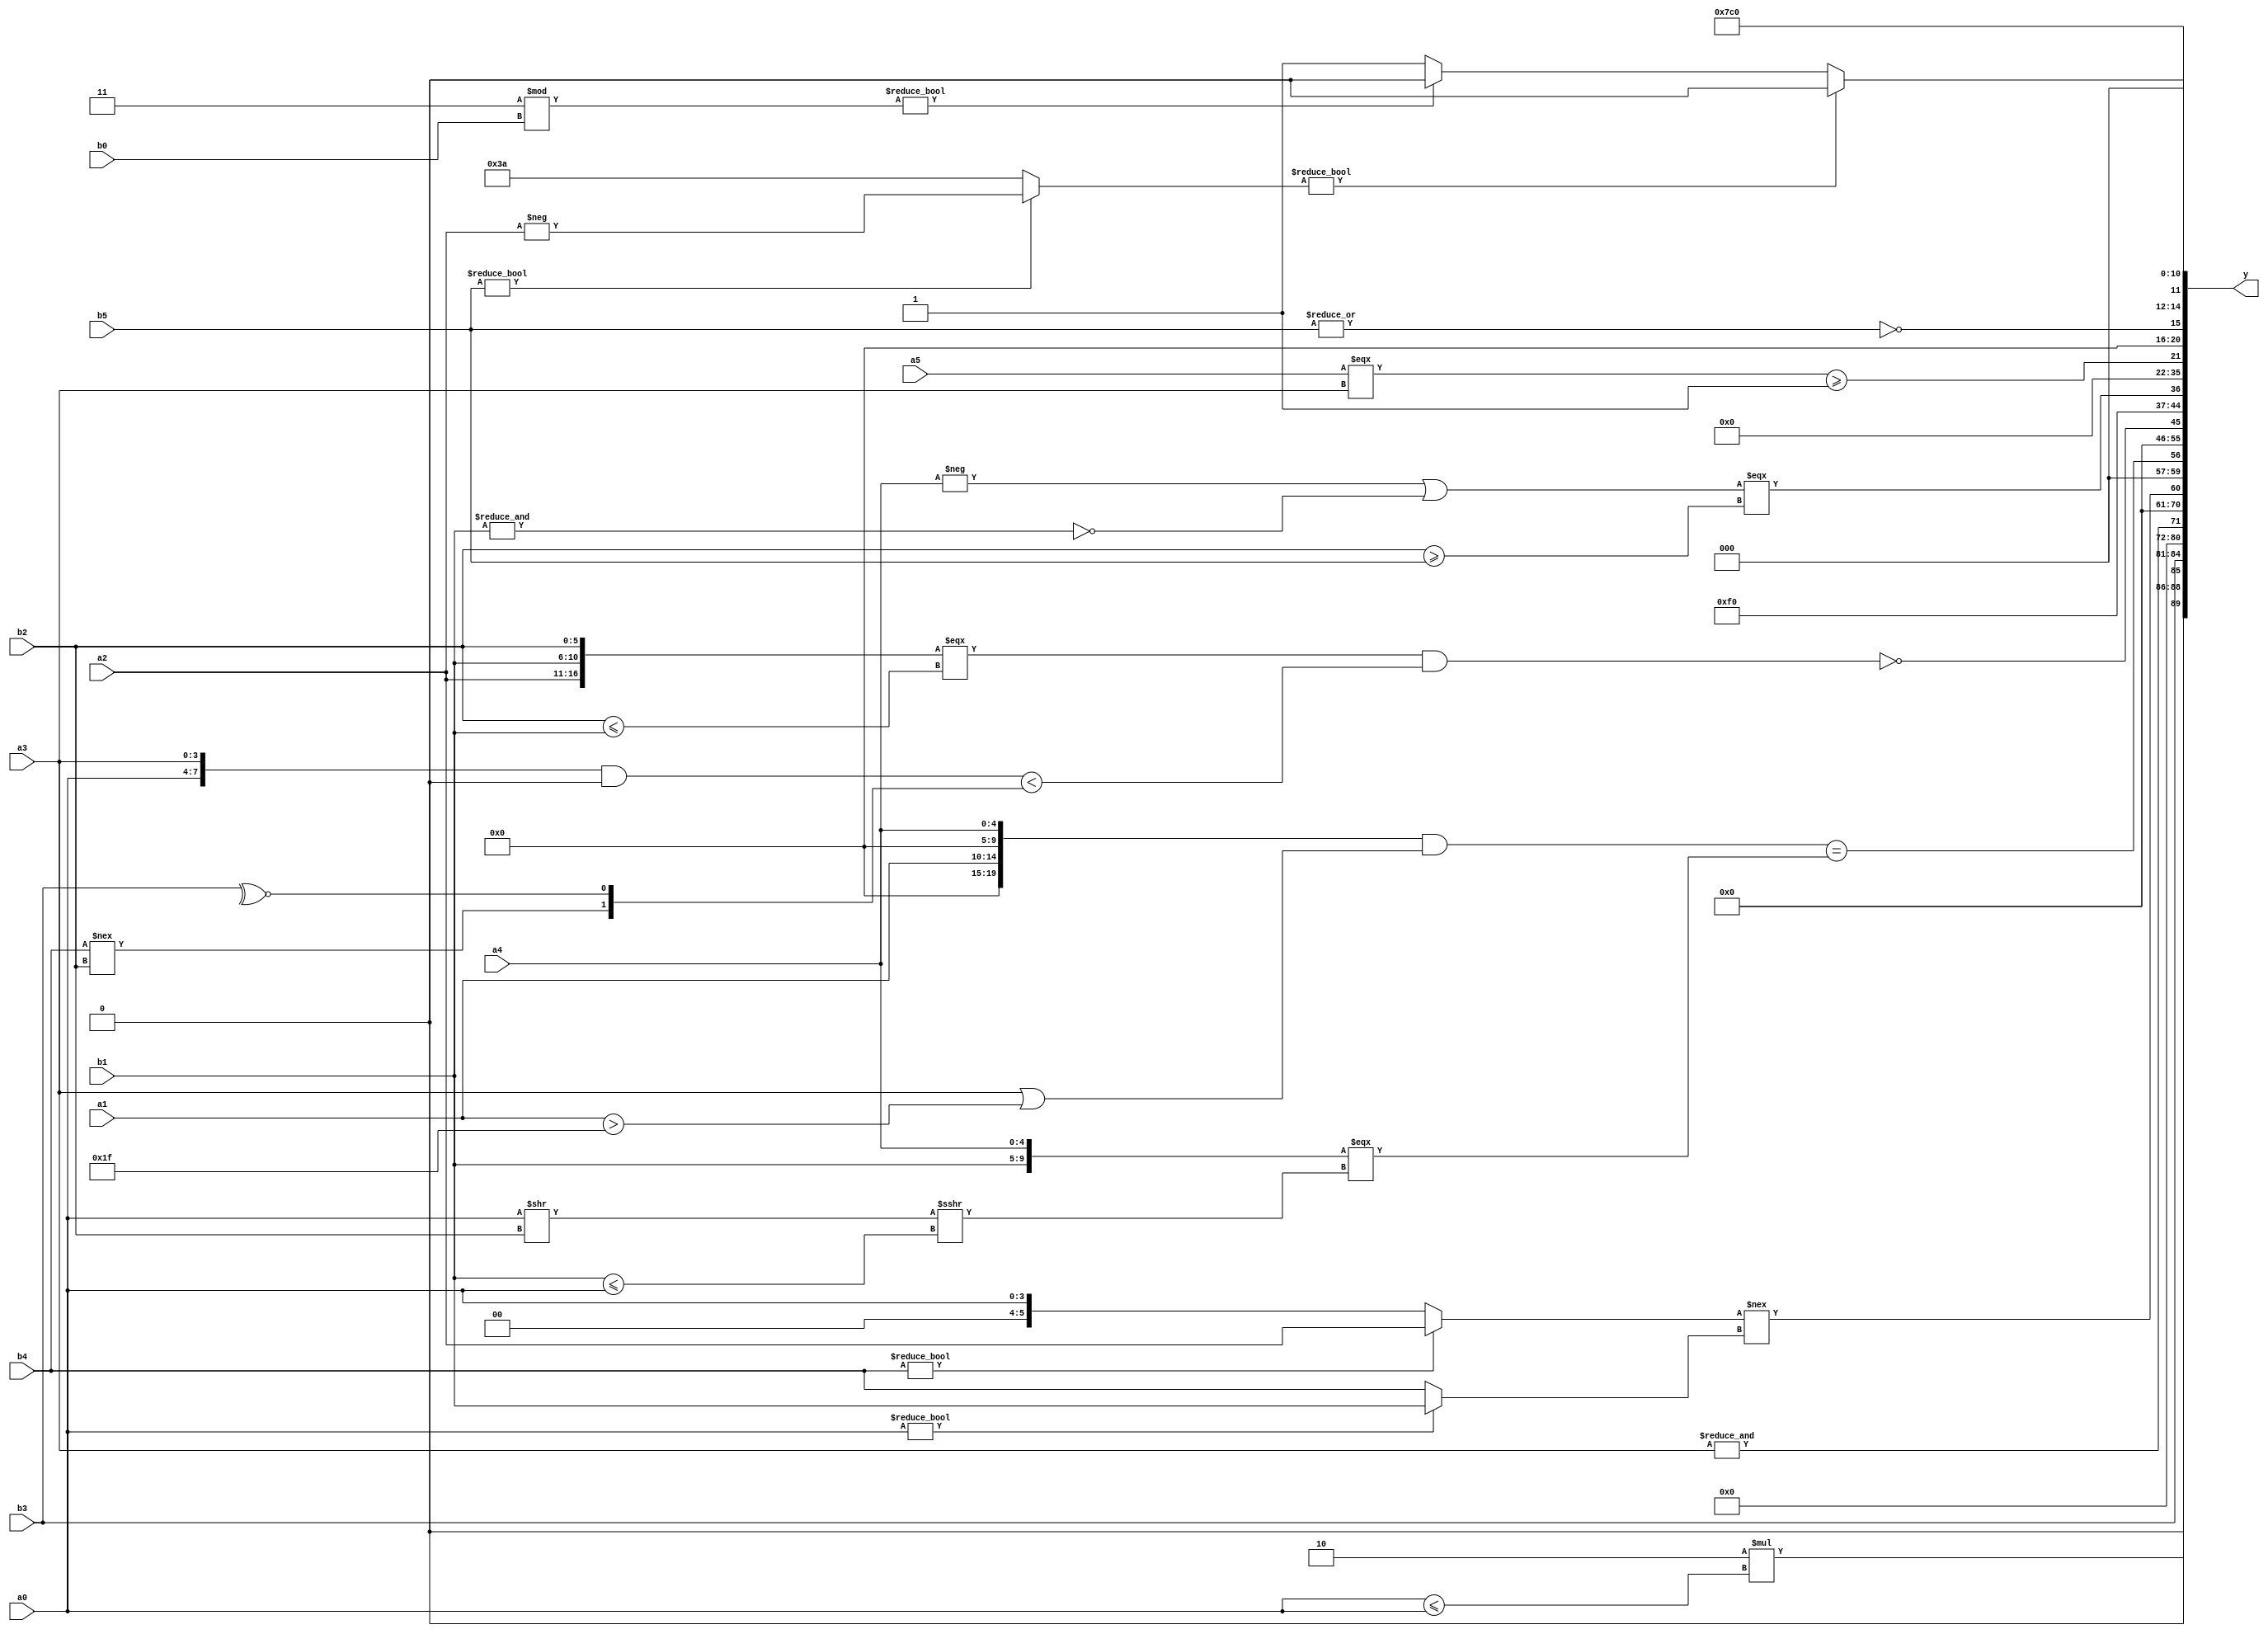
module expression_00130(a0, a1, a2, a3, a4, a5, b0, b1, b2, b3, b4, b5, y);
  input [3:0] a0;
  input [4:0] a1;
  input [5:0] a2;
  input signed [3:0] a3;
  input signed [4:0] a4;
  input signed [5:0] a5;

  input [3:0] b0;
  input [4:0] b1;
  input [5:0] b2;
  input signed [3:0] b3;
  input signed [4:0] b4;
  input signed [5:0] b5;

  wire [3:0] y0;
  wire [4:0] y1;
  wire [5:0] y2;
  wire signed [3:0] y3;
  wire signed [4:0] y4;
  wire signed [5:0] y5;
  wire [3:0] y6;
  wire [4:0] y7;
  wire [5:0] y8;
  wire signed [3:0] y9;
  wire signed [4:0] y10;
  wire signed [5:0] y11;
  wire [3:0] y12;
  wire [4:0] y13;
  wire [5:0] y14;
  wire signed [3:0] y15;
  wire signed [4:0] y16;
  wire signed [5:0] y17;

  output [89:0] y;
  assign y = {y0,y1,y2,y3,y4,y5,y6,y7,y8,y9,y10,y11,y12,y13,y14,y15,y16,y17};

  localparam [3:0] p0 = (^(~(&(3'd1))));
  localparam [4:0] p1 = (|{(~&(|(~^(~|{(-(5'd5)),((3'd2)>(2'sd0)),(|(4'd2))}))))});
  localparam [5:0] p2 = ((((3'sd0)>>>(2'd2))||((4'd9)>>>(4'sd6)))<<(5'd2 * (~((3'd5)?(2'd2):(4'd12)))));
  localparam signed [3:0] p3 = (5'd21);
  localparam signed [4:0] p4 = (~&{(~^(-3'sd3))});
  localparam signed [5:0] p5 = (&(^(+(~^(&(~|(+(^{{(5'sd13),(-3'sd2),(2'd0)},(|(3'd4))}))))))));
  localparam [3:0] p6 = (~&(3'd5));
  localparam [4:0] p7 = (4'd4);
  localparam [5:0] p8 = {2{(~^{(2'd2),(4'd1)})}};
  localparam signed [3:0] p9 = {(!((-5'sd2)>(4'd0))),{((-2'sd1)===(4'd9)),((2'd3)<<<(3'sd0))},(+(^((-3'sd2)<<<(5'd11))))};
  localparam signed [4:0] p10 = (|((3'sd2)?(4'd15):(5'sd13)));
  localparam signed [5:0] p11 = {1{({2{(4'sd4)}}|((5'sd11)>>(4'd11)))}};
  localparam [3:0] p12 = (((3'd6)==(2'd3))||(!(-(3'sd2))));
  localparam [4:0] p13 = ({(4'd7),(2'd0),(2'd1)}<=((-2'sd1)||(2'd3)));
  localparam [5:0] p14 = ((((-2'sd0)?(3'sd3):(-2'sd1))?(|(4'sd7)):{1{(3'd2)}})^~((~^(2'sd1))?((5'd9)^~(-4'sd7)):(|(-5'sd11))));
  localparam signed [3:0] p15 = {2{(5'sd15)}};
  localparam signed [4:0] p16 = (-{((5'd18)>=(-2'sd0))});
  localparam signed [5:0] p17 = ({{(3'd6),{4{(4'd12)}}},({1{(5'd29)}}^(!(3'd4)))}||(~|({(-4'sd6),(5'd20),(2'd0)}>=((2'sd1)|(-2'sd1)))));

  assign y0 = (5'd2 * (a0<=a0));
  assign y1 = (p4?a2:b3);
  assign y2 = {(~(-2'sd1))};
  assign y3 = (&(&a3));
  assign y4 = {4{{1{p13}}}};
  assign y5 = ((b4?a2:a0)!==(a0?b1:b4));
  assign y6 = ($signed(({$unsigned(p1),{a1,p1,a4}}&&({a3}||(a1>p16))))==($signed({$unsigned({b1,a4})})==={((a0>>b2)>>>(b1<=a0))}));
  assign y7 = $signed(((2'd0)));
  assign y8 = {(!(({a2,b1,b2}===(~&(~(b2<=b1))))&&(({a0,a3}&(&p6))<{(b4!==b2),(~^b3)})))};
  assign y9 = (-2'sd1);
  assign y10 = (((-a4)|(~&b1))===({1{b2}}>={1{b5}}));
  assign y11 = {$unsigned($signed($unsigned(p1))),{($unsigned(p13))}};
  assign y12 = (&((p12+p2)>(~|{p6})));
  assign y13 = ((a5===a3)>=(4'sd1));
  assign y14 = $unsigned((~|$signed(b5)));
  assign y15 = (((+b5)?(-a2):(-p9))?(6'd2 * (p2+p1)):((p8%b0)?(~|p7):(p11/p11)));
  assign y16 = (-(2'sd1));
  assign y17 = ((-2'sd0)==({2{{1{p3}}}}^~(2'd3)));
endmodule